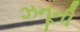
ઝનૂની